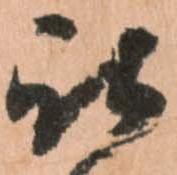
被